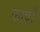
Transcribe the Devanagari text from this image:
कावाँ